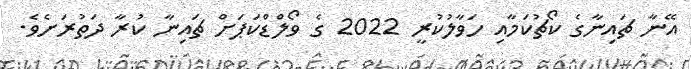
އޭނާ ޗައިނާގެ ކޯޗުކަމާއި ހަވާލުކުރީ 2022 ގެ ވޯލްޑްކަޕަށް ޗައިނާ ކުރާ ދަތުރަށެވެ.